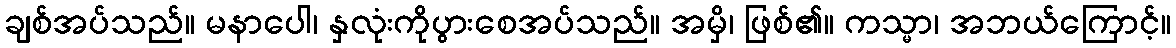
ချစ်အပ်သည်။ မနာပေါ၊ နှလုံးကိုပွားစေအပ်သည်။ အမှိ၊ ဖြစ်၏။ ကသ္မာ၊ အဘယ်ကြောင့်။